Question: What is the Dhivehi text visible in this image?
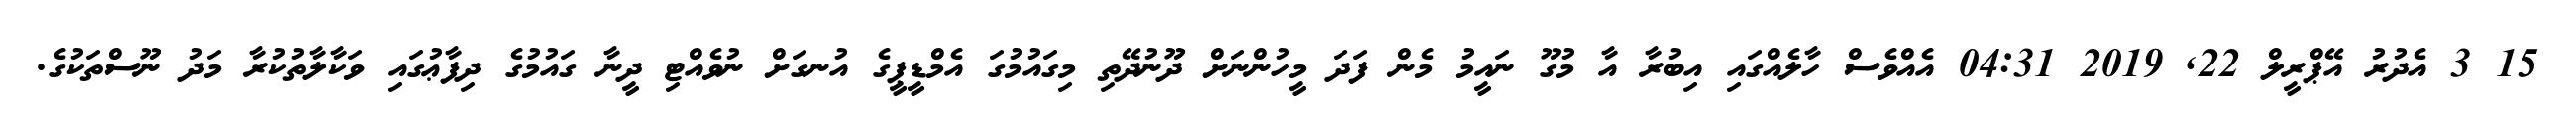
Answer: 15 3 އެދުރު އޭޕްރީލް 22, 2019 04:31 އެއްވެސް ހާލެއްގައި އިބުރާ އާ މުގޫ ނައީމު މެން ފަދަ މީހުންނަށް ދޫނުދޭތި މިގައުމުގަ އެމްޑީޕީގެ އުނގަށް ނުވެއްޓި ދީނާ ގައުމުގެ ދިފާޢުގައި ވަކާލާތުކުރާ މަދު ނޫސްތަކުގެ.